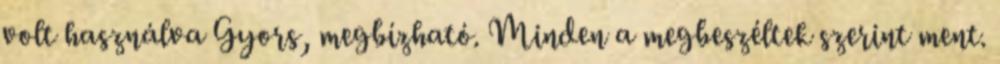
volt használva Gyors, megbízható. Minden a megbeszéltek szerint ment.